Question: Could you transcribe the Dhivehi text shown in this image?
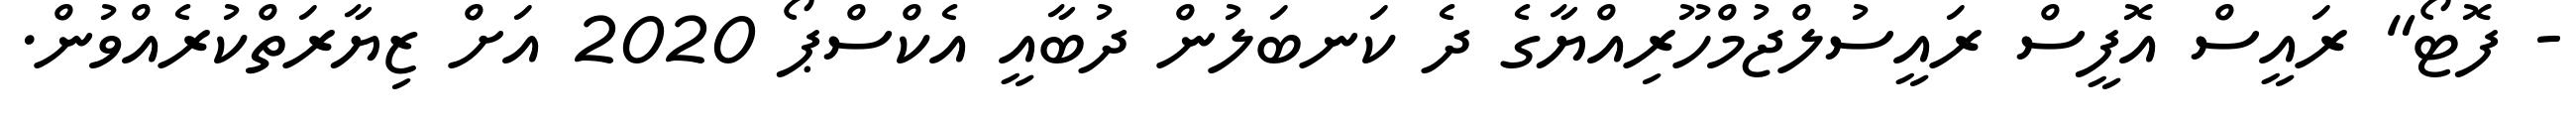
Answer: - ފޮޓޯ" ރައީސް އޮފީސް ރައީސުލްޖުމްހޫރިއްޔާގެ ދެ ކަނބަލުން ދުބާއީ އެކްސްޕޯ 2020 އަށް ޒިޔާރަތްކުރެއްވުން.